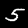
Label: 5